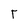
Character: r